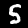
Digit: 5